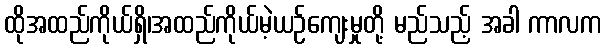
ထိုအထည်ကိုယ်ရှိ၊အထည်ကိုယ်မဲ့ယဉ်ကျေးမှုတို့ မည်သည့် အခါ ကာလက